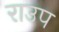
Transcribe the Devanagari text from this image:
राउप